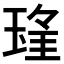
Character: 𱯃